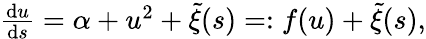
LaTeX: \begin{array}{r}{\frac{\mathrm{d}u}{\mathrm{d}s}=\alpha+u^{2}+\tilde{\xi}(s)=:f(u)+\tilde{\xi}(s),}\end{array}